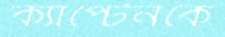
ক্যাপ্টেনকে